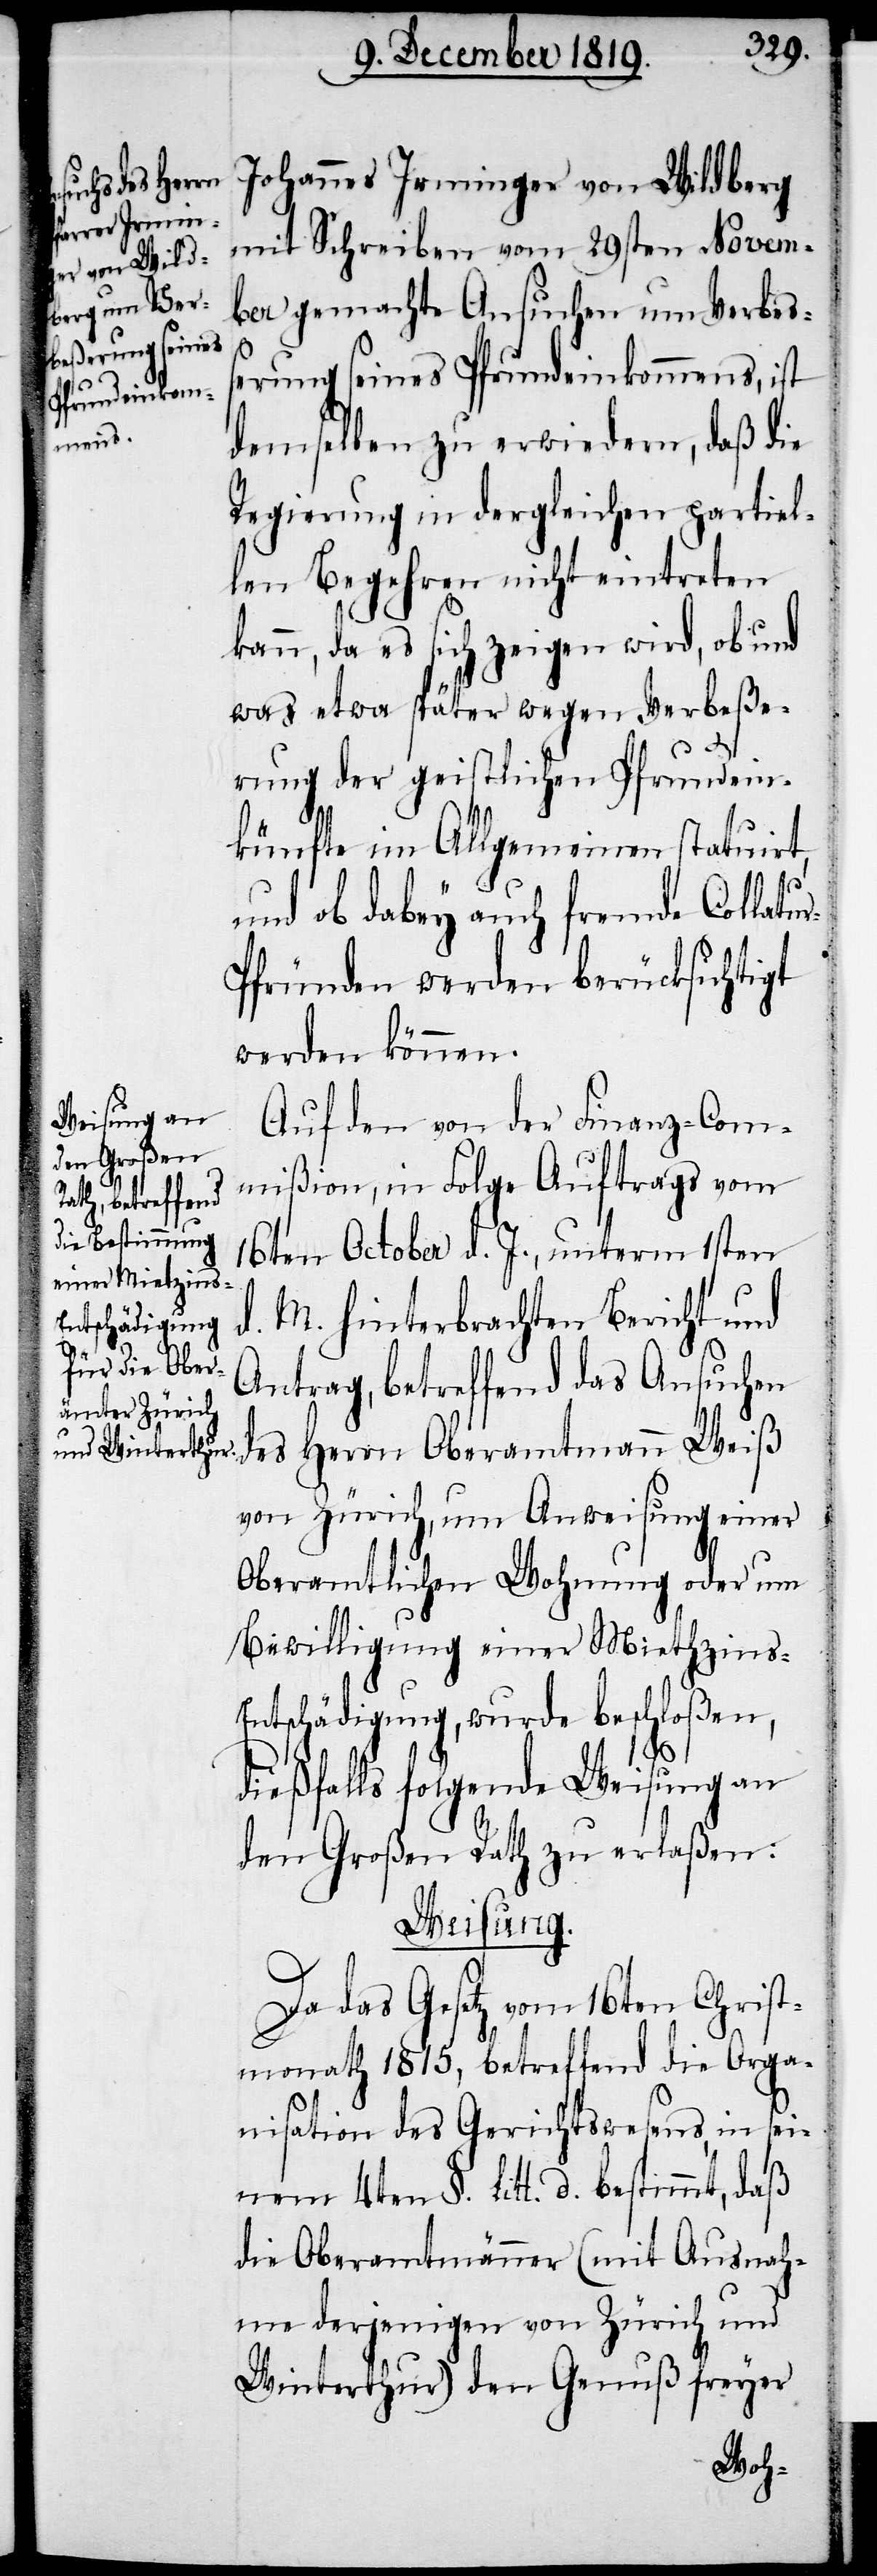
Johannes Irminger von Wildberg
mit Schreiben vom 29sten Novem¬
ber gemachte Ansuchen um Verbess¬
erung seines Pfrundeinkommens, ist
demselben zu erwiedern, daß die
Regierung in dergleichen partiel¬
len Begehren nicht eintreten
kann, da es sich zeigen wird, ob und
was etwa später wegen Verbeße¬
rung der geistlichen Pfrundein¬
künfte im Allgemeinen statuirt,
und ob dabey auch fremde Collatu¬
r-Pfründen werden berücksichtigt
werden können.
Auf den von der Finanz-Com¬
mißion, in Folge Auftrags vom
16ten October d. J., unterm 1sten
d. M. hinterbrachten Bericht und
Antrag, betreffend das Ansuchen
von Zürich, um Anweisung seiner
Oberamtlichen Wohnung oder um
Bewilligung einer Miethzins-E¬
ntschädigung, wurde beschloßen,
des
dießfalls folgende Weisung an
den Große Rath zu erlaßen:
Weisung.
Da das Gesetz vom 16ten Christ¬
monath 1815, betreffend die Orga¬
nisation des Gerichtswesens, in sei¬
nem 4ten §. Litt. d. bestimmt, daß
die Oberamtmänner (mit Ausnah¬
me derjenigen von Zürich und
Winterthur) den Genuß freyer